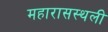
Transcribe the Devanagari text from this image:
महारासस्थली